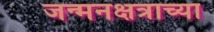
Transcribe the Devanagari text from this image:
जन्मनक्षत्राच्या